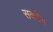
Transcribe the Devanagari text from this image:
सक्सेन